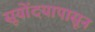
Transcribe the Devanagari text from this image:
सूयोंदयापासून